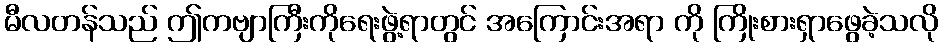
မီလတန်သည် ဤကဗျာကြီးကိုရေးဖွဲ့ရာတွင် အကြောင်းအရာ ကို ကြိုးစားရှာဖွေခဲ့သလို